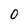
Character: O